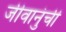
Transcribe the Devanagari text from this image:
जीवानुंची